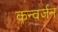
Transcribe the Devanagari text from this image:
कन्वर्जन